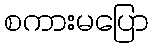
စကားမပြော